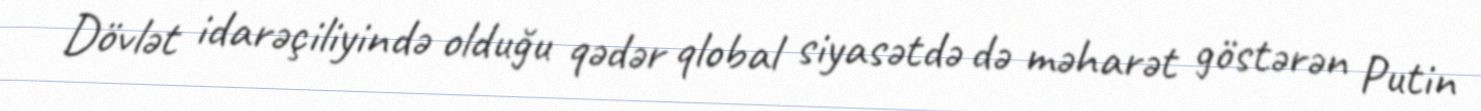
Dövlət idarəçiliyində olduğu qədər qlobal siyasətdə də məharət göstərən Putin